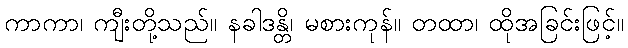
ကာကာ၊ ကျီးတို့သည်။ နခါဒန္တိ၊ မစားကုန်။ တထာ၊ ထိုအခြင်းဖြင့်။